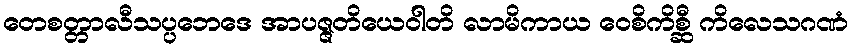
တေစတ္တာလီသပ္ပဘေဒေ အာပဇ္ဇတိယေဝါတိ လာမိကာယ ဝေစိကိစ္ဆီ ကိလေသဂဏံ